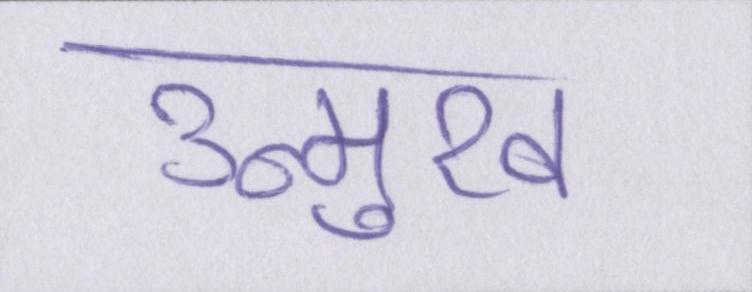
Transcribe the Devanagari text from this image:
उन्मुख